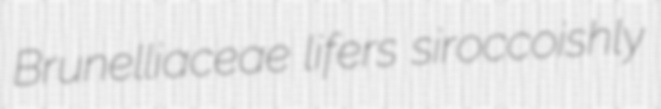
Brunelliaceae lifers siroccoishly